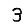
Digit: 3